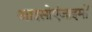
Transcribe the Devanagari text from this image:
आइसोएंजाइमों